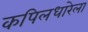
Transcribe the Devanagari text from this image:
कपिलधारेला